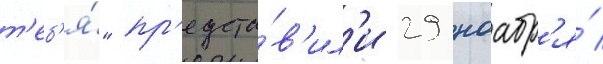
т'еб'я́" пр'едста́в'ил'и 29 ноабр'я́